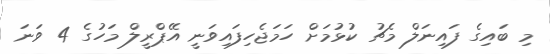
މި ބައިގެ ފައިނަލް މެޗު ކުޅުމަށް ހަމަޖެހިފައިވަނީ އޭޕްރީލް މަހުގެ 4 ވަނަ